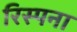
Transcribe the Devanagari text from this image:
रिस्पना